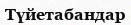
Түйетабандар